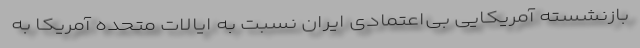
بازنشسته آمریکایی بی‌اعتمادی ایران نسبت به ایالات متحده آمریکا به